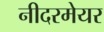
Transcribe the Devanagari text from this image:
नीदरमेयर